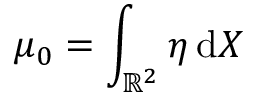
\mu _ { 0 } = \int _ { \mathbb { R } ^ { 2 } } \eta \, \mathrm { d } X